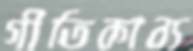
গীতিকাব্য